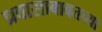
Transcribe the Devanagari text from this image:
प्रवासाबाबतच्या